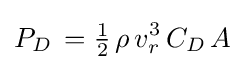
P_{D}\,={\tfrac {1}{2}}\,\rho \,v_{r}^{3}\,C_{D}\,A